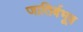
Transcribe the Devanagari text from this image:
जातिर्बभूव